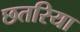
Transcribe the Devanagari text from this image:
छतरिया